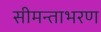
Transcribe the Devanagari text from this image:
सीमन्ताभरण